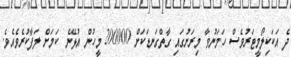
ދެ އަކަކިލޯމީޓަރުވެސް ހަމަނުވާ މިރަށުގައި ގާތްގަނޑަކަށް 200000 މީހުން އުޅޭނެ ކަމަށް ލަފާކުރެވެއެވެ.